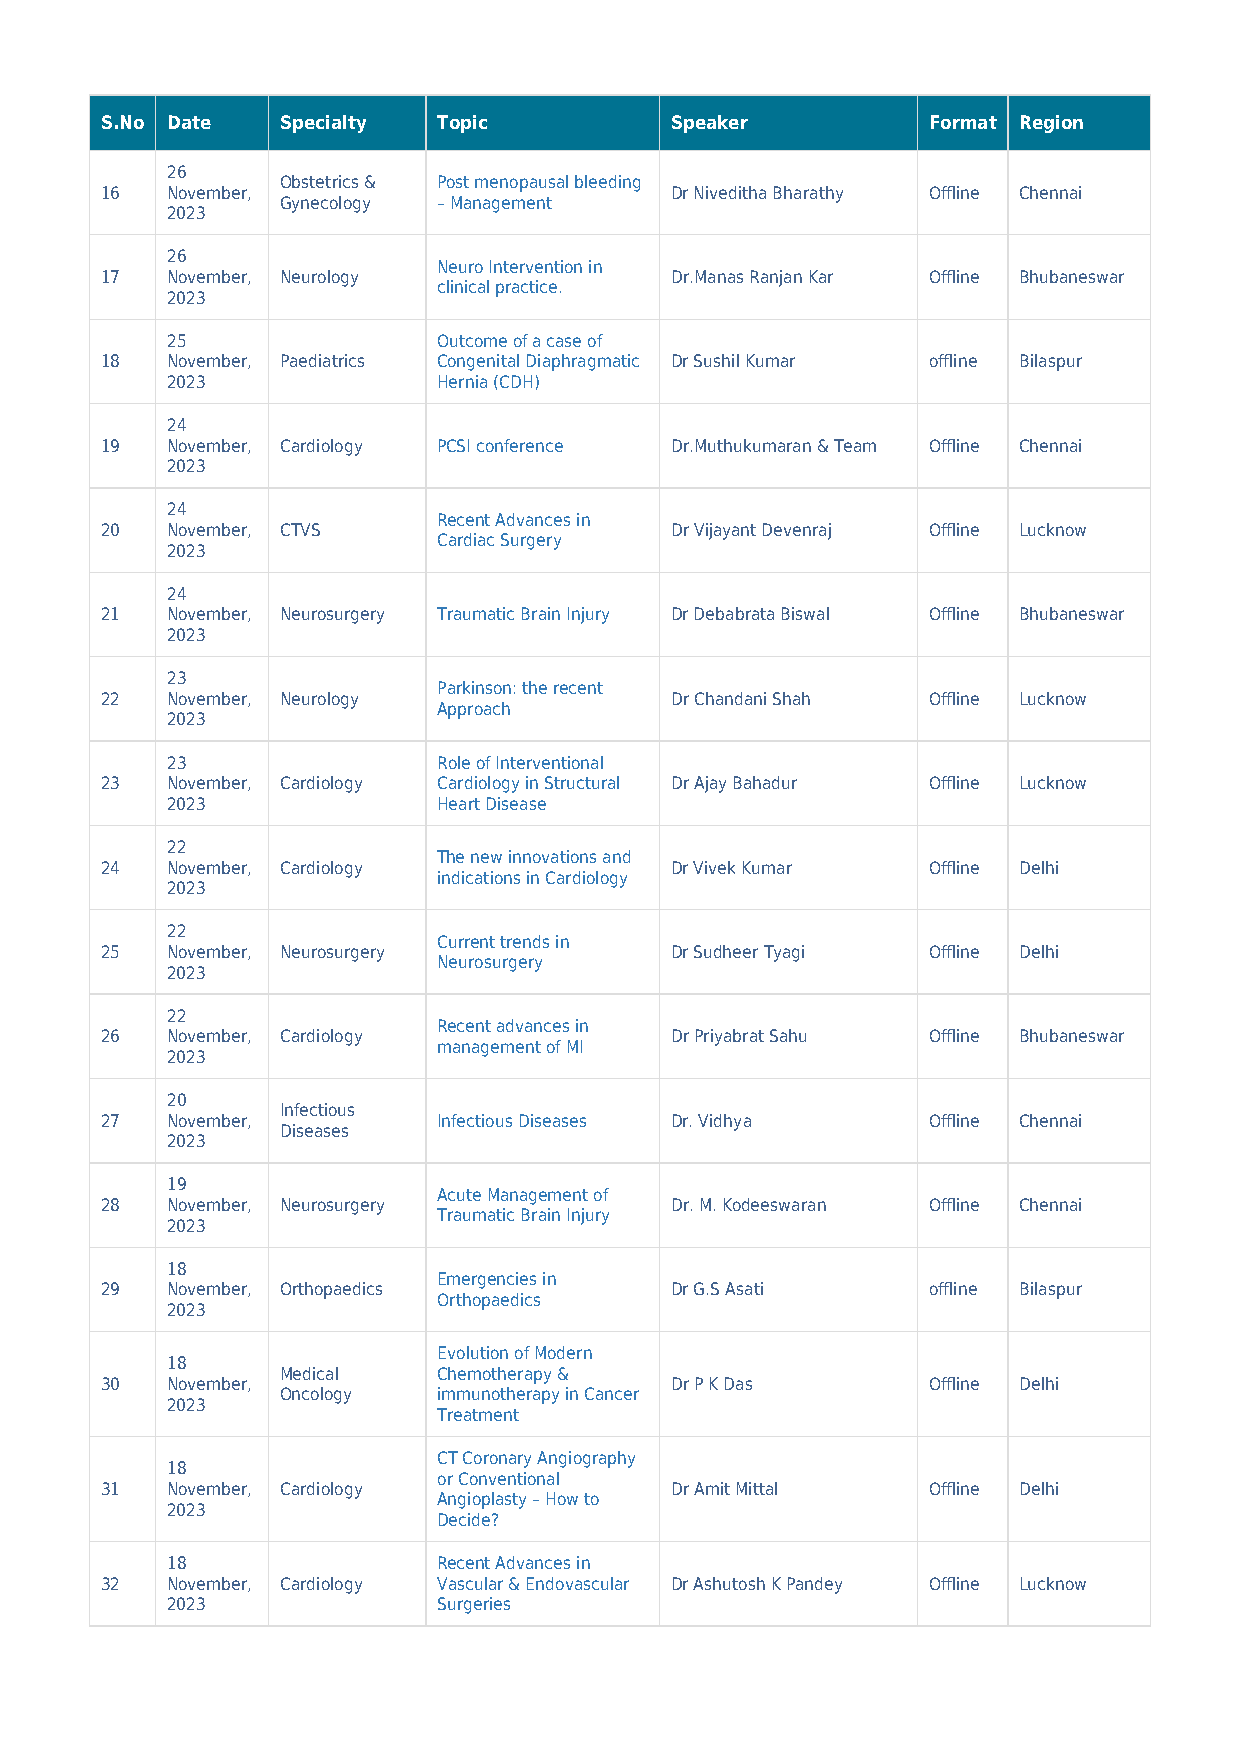
S.No Date   Specialty Topic          Speaker          Format Region
 26
 Obstetrics & Post menopausal bleeding
 16  November,                        Dr Niveditha Bharathy Offline Chennai
 Gynecology – Management
 2023
 26
 Neuro Intervention in
 17  November, Neurology              Dr.Manas Ranjan Kar Offline Bhubaneswar
 clinical practice.
 2023
 25                Outcome of a case of
 18  November, Paediatrics Congenital Diaphragmatic Dr Sushil Kumar offline Bilaspur
 2023              Hernia (CDH)
 24
 19  November, Cardiology PCSI conference Dr.Muthukumaran & Team Offline Chennai
 2023
 24
 Recent Advances in
 20  November, CTVS                   Dr Vijayant Devenraj Offline Lucknow
 Cardiac Surgery
 2023
 24
 21  November, Neurosurgery Traumatic Brain Injury Dr Debabrata Biswal Offline Bhubaneswar
 2023
 23
 Parkinson: the recent
 22  November, Neurology              Dr Chandani Shah Offline Lucknow
 Approach
 2023
 23                Role of Interventional
 23  November, Cardiology Cardiology in Structural Dr Ajay Bahadur Offline Lucknow
 2023              Heart Disease
 22
 The new innovations and
 24  November, Cardiology             Dr Vivek Kumar   Offline Delhi
 indications in Cardiology
 2023
 22
 Current trends in
 25  November, Neurosurgery           Dr Sudheer Tyagi Offline Delhi
 Neurosurgery
 2023
 22
 Recent advances in
 26  November, Cardiology             Dr Priyabrat Sahu Offline Bhubaneswar
 management of MI
 2023
 20
 Infectious
 27  November,         Infectious Diseases Dr. Vidhya  Offline Chennai
 Diseases
 2023
 19
 Acute Management of
 28  November, Neurosurgery           Dr. M. Kodeeswaran Offline Chennai
 Traumatic Brain Injury
 2023
 18
 Emergencies in
 29  November, Orthopaedics           Dr G.S Asati     offline Bilaspur
 Orthopaedics
 2023
 Evolution of Modern
 18
 Medical   Chemotherapy &
 30  November,                        Dr P K Das       Offline Delhi
 Oncology  immunotherapy in Cancer
 2023
 Treatment
 CT Coronary Angiography
 18
 or Conventional
 31  November, Cardiology             Dr Amit Mittal   Offline Delhi
 Angioplasty – How to
 2023
 Decide?
 18                Recent Advances in
 32  November, Cardiology Vascular & Endovascular Dr Ashutosh K Pandey Offline Lucknow
 2023              Surgeries